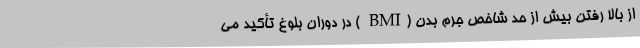
از بالا رفتن بیش از حد شاخص جرم بدن (BMI ) در دوران بلوغ تأکید می